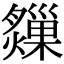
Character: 𤑗